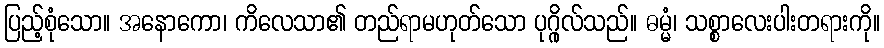
ပြည့်စုံသော။ အနောကော၊ ကိလေသာ၏ တည်ရာမဟုတ်သော ပုဂ္ဂိုလ်သည်။ ဓမ္မံ၊ သစ္စာလေးပါးတရားကို။